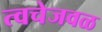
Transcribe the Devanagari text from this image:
त्वचेजवळ